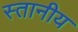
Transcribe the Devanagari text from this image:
स्तानीय